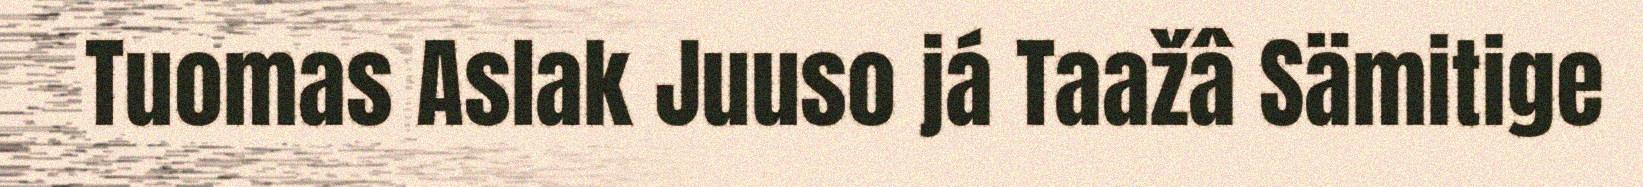
Tuomas Aslak Juuso já Taažâ Sämitige